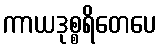
ကာယဒုစ္စရိတေပေ